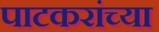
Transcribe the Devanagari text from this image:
पाटकरांच्या